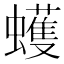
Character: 蠖